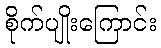
စိုက်ပျိုးကြောင်း